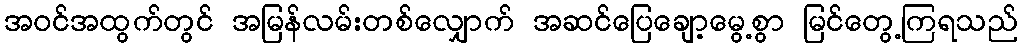
အဝင်အထွက်တွင် အမြန်လမ်းတစ်လျှောက် အဆင်ပြေချော့မွေ့စွာ မြင်တွေ့ကြရသည်